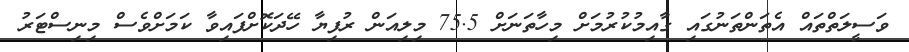
ވަސީލަތްތައް އެތަންތަނުގައި ގާއިމުކުރުމަށް މިހާތަނަށް 75.5 މިލިއަން ރުފިޔާ ހޭދަކޮށްފައިވާ ކަމަށްވެސް މިނިސްޓަރު